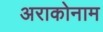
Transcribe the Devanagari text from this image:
अराकोनाम